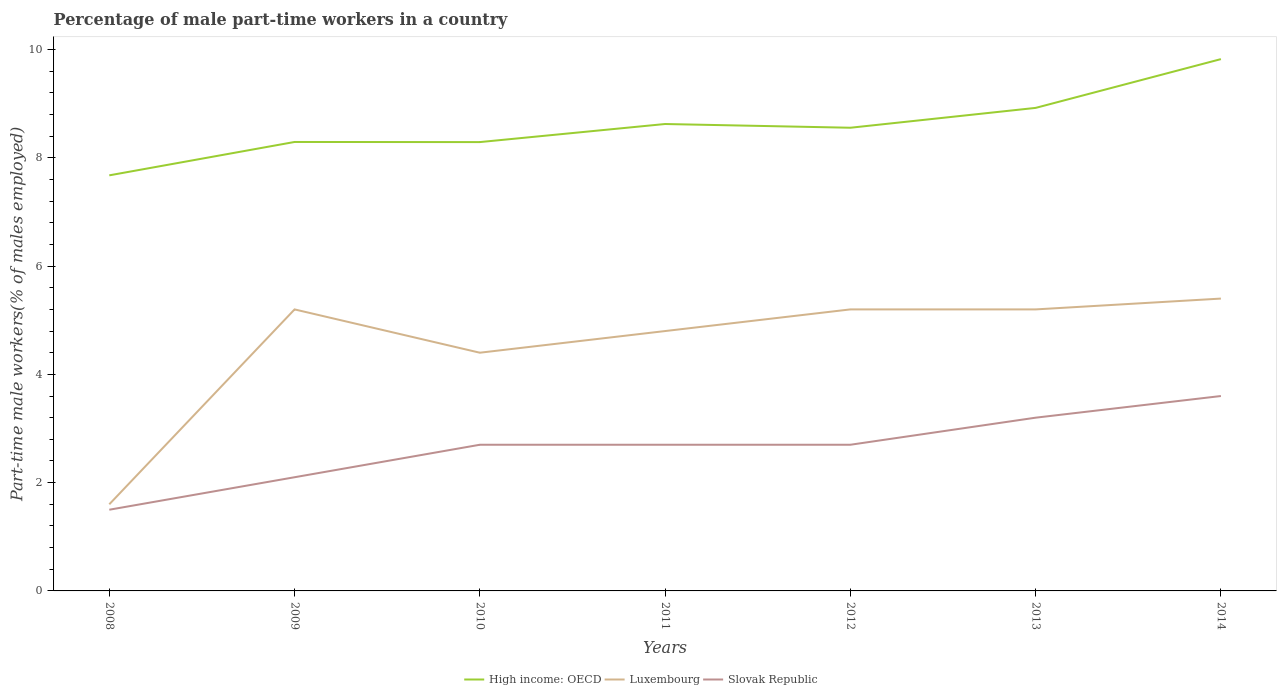
| Years | High income: OECD | Luxembourg | Slovak Republic |
 | --- | --- | --- | --- |
 | 2008 | 7.68 | 1.6 | 1.5 |
 | 2009 | 8.29 | 5.2 | 2.1 |
 | 2010 | 8.29 | 4.4 | 2.7 |
 | 2011 | 8.62 | 4.8 | 2.7 |
 | 2012 | 8.56 | 5.2 | 2.7 |
 | 2013 | 8.92 | 5.2 | 3.2 |
 | 2014 | 9.82 | 5.4 | 3.6 |